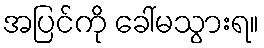
အပြင်ကို ခေါ်မသွားရ။